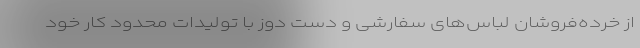
از خرده‌فروشان لباس‌های سفارشی و دست دوز با تولیدات محدود کار خود